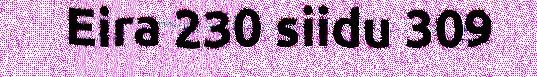
Eira 230 siidu 309